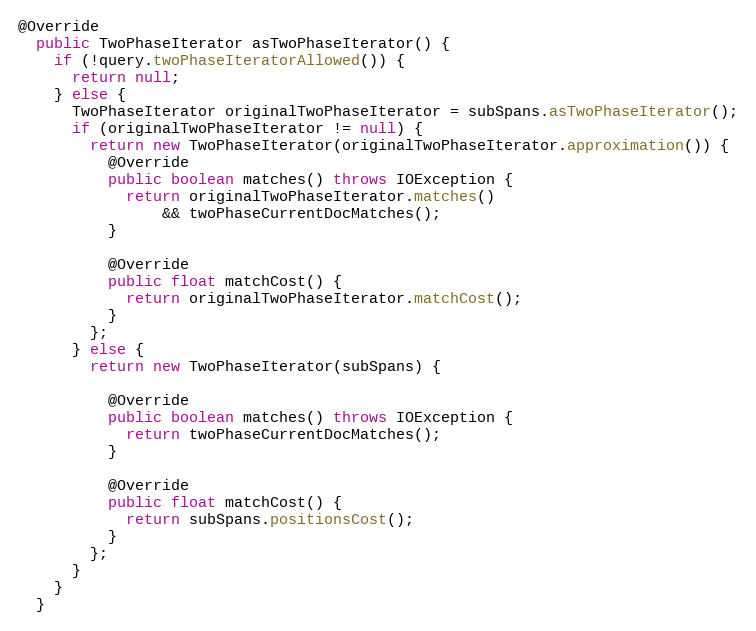
Language: Java
@Override
  public TwoPhaseIterator asTwoPhaseIterator() {
    if (!query.twoPhaseIteratorAllowed()) {
      return null;
    } else {
      TwoPhaseIterator originalTwoPhaseIterator = subSpans.asTwoPhaseIterator();
      if (originalTwoPhaseIterator != null) {
        return new TwoPhaseIterator(originalTwoPhaseIterator.approximation()) {
          @Override
          public boolean matches() throws IOException {
            return originalTwoPhaseIterator.matches()
                && twoPhaseCurrentDocMatches();
          }

          @Override
          public float matchCost() {
            return originalTwoPhaseIterator.matchCost();
          }
        };
      } else {
        return new TwoPhaseIterator(subSpans) {

          @Override
          public boolean matches() throws IOException {
            return twoPhaseCurrentDocMatches();
          }

          @Override
          public float matchCost() {
            return subSpans.positionsCost();
          }
        };
      }
    }
  }